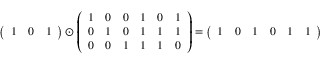
{ \left( \begin{array} { l l l } { 1 } & { 0 } & { 1 } \end{array} \right) } \odot { \left( \begin{array} { l l l l l l } { 1 } & { 0 } & { 0 } & { 1 } & { 0 } & { 1 } \\ { 0 } & { 1 } & { 0 } & { 1 } & { 1 } & { 1 } \\ { 0 } & { 0 } & { 1 } & { 1 } & { 1 } & { 0 } \end{array} \right) } = { \left( \begin{array} { l l l l l l } { 1 } & { 0 } & { 1 } & { 0 } & { 1 } & { 1 } \end{array} \right) }